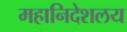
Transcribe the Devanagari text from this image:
महानिदेशलय